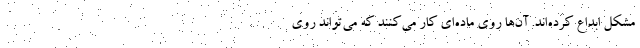
مشکل ابداع کرده‌اند. آن‌ها روی ماده‌ای کار می‌کنند که می‌تواند روی